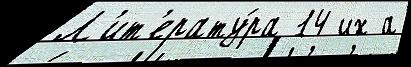
Л'ит'ерату́ра 14 их а